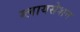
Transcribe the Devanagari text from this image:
ग्लायसेशन